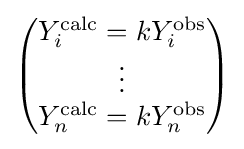
{\begin{pmatrix}Y_{i}^{\text{calc}}=kY_{i}^{\text{obs}}\\\vdots \\Y_{n}^{\text{calc}}=kY_{n}^{\text{obs}}\end{pmatrix}}